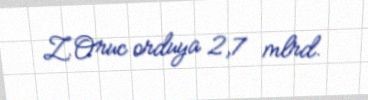
Z.Oruc orduya 2,7 mlrd.